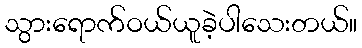
သွားရောက်ဝယ်ယူခဲ့ပါသေးတယ်။